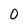
Character: 0